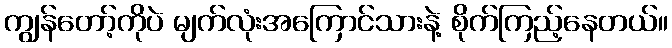
ကျွန်တော့်ကိုပဲ မျက်လုံးအကြောင်သားနဲ့ စိုက်ကြည့်နေတယ်။